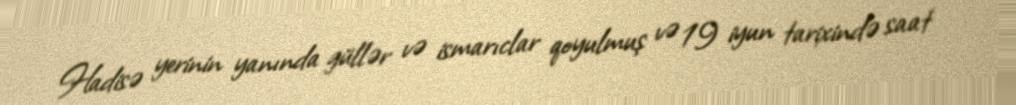
Hadisə yerinin yanında güllər və ismarıclar qoyulmuş və 19 iyun tarixində saat